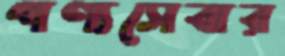
পণ্যসেবার